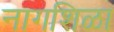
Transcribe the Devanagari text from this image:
नागशिळा